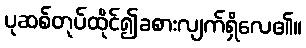
ပုဆစ်တုပ်ထိုင်၍ခစားလျက်ရှိလေ၏။